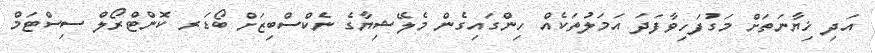
އަދި ޚިޔާނަތަށް މަގުފަހިވާފަދަ އަމަލުތަކެއް ހިންގައިގެން މެލޭޝިޔާގެ ނެކްސްބިޒަށް ބޯޑަރ ކޮންޓްރޯލް ސިސްޓަމް